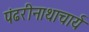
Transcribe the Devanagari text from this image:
पंढरीनाथाचार्य